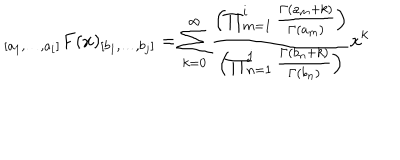
LaTeX: _ { [ a _ { 1 } , \ldots , a _ { i } ] } F ( x ) _ { [ b _ { 1 } , \ldots , b _ { j } ] } = \sum _ { k = 0 } ^ { \infty } \frac { \left( \prod _ { m = 1 } ^ { i } \frac { \Gamma ( a _ { m } + k ) } { \Gamma ( a _ { m } ) } \right) } { \left( \prod _ { n = 1 } ^ { j } \frac { \Gamma ( b _ { n } + k ) } { \Gamma ( b _ { n } ) } \right) } x ^ { k }